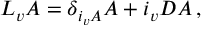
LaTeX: { \cal L } _ { v } A = \delta _ { i _ { v } A } A + i _ { v } D A \, ,